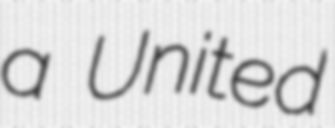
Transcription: a United